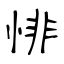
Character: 悱